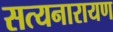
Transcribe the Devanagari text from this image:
सत्‍यनारायण